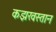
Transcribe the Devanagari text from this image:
कझखस्तान